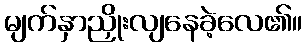
မျက်နှာညှိုးလျနေခဲ့လေ၏။